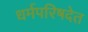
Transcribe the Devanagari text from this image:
धर्मपरिषदेत